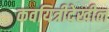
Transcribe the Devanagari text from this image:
कवयित्रीदेखील